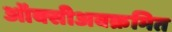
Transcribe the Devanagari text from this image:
ऑक्सीअवक्रमित